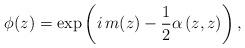
LaTeX: \begin{align*}\phi (z)=\exp \left( i\,m(z)-\frac{1}{2}\alpha \left( z,z\right)\right) , \end{align*}